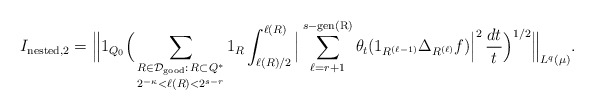
\begin{align*}I_{\textup{nested}, 2} = \Big\| 1_{Q_0} \Big( \mathop{\sum_{R \in \mathcal{D}_{\textup{good}}:\, R \subset Q^*}}_{2^{-\kappa} < \ell(R) < 2^{s-r}} 1_{R} \int_{\ell(R)/2}^{\ell(R)} \Big| \mathop{\sum_{\ell=r+1}^{s-\textup{gen(R)}}} \theta_t (1_{R^{(\ell-1)}}\Delta_{R^{(\ell)}} f) \Big|^2\, \frac{dt}{t}\Big)^{1/2} \Big\|_{L^q(\mu)}.\end{align*}